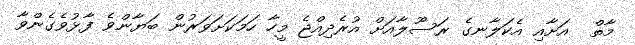
މާތް  އަށާއި އެކަލާނގެ ރަސޫލާއަށް އުރެދިއްޖެ މީހާ ހަމަކަށަވަރުން ބަޔާންވެ ފާޅުވެގެންވާ